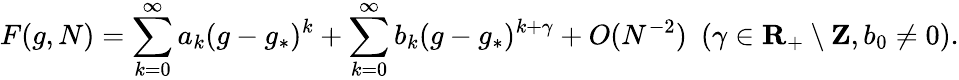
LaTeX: F(g,N)=\sum_{k=0}^{\infty}a_{k}(g-g_{*})^{k}+\sum_{k=0}^{\infty}b_{k}(g-g_{*})^{k+\gamma}+O(N^{-2})\ \ (\gamma\in{\mathbf R}_{+}\setminus{\mathbf Z},b_{0}\ne 0).